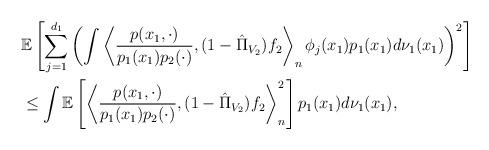
LaTeX: \begin{align*}&\mathbb{E}\left[\sum_{j=1}^{d_1}\left( \int\left\langle\frac{p(x_1,\cdot)}{p_1(x_1)p_2(\cdot)},(1-\hat{\Pi}_{V_2})f_2\right\rangle_n\phi_j(x_1)p_1(x_1)d\nu_1(x_1) \right) ^2\right] \\&\leq \int\mathbb{E}\left[\left\langle\frac{p(x_1,\cdot)}{p_1(x_1)p_2(\cdot)},(1-\hat{\Pi}_{V_2})f_2\right\rangle_n^2 \right]p_1(x_1)d\nu_1(x_1), \end{align*}